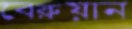
বেরুয়ান